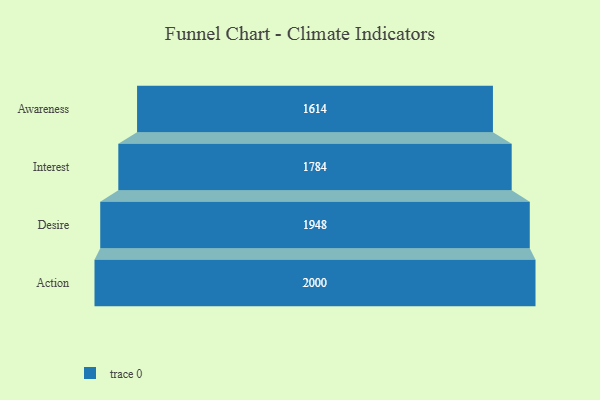
{"axis": {"x": "Stage", "y": "Value"}, "legend": [""], "data": [{"x": "Awareness", "y": 1614.0, "type": ""}, {"x": "Interest", "y": 1784.0, "type": ""}, {"x": "Desire", "y": 1948.0, "type": ""}, {"x": "Action", "y": 2000, "type": ""}]}